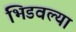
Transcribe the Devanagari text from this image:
भिडवल्या